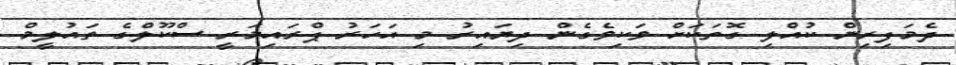
ދެމަފިރިން ކުއްލި ގޮތަކަށް ވަކިވެގެން ދިޔައިރު މި އަހަރު ޕްރައިމަރީ ސްކޫލްގެ ތައުލީމް